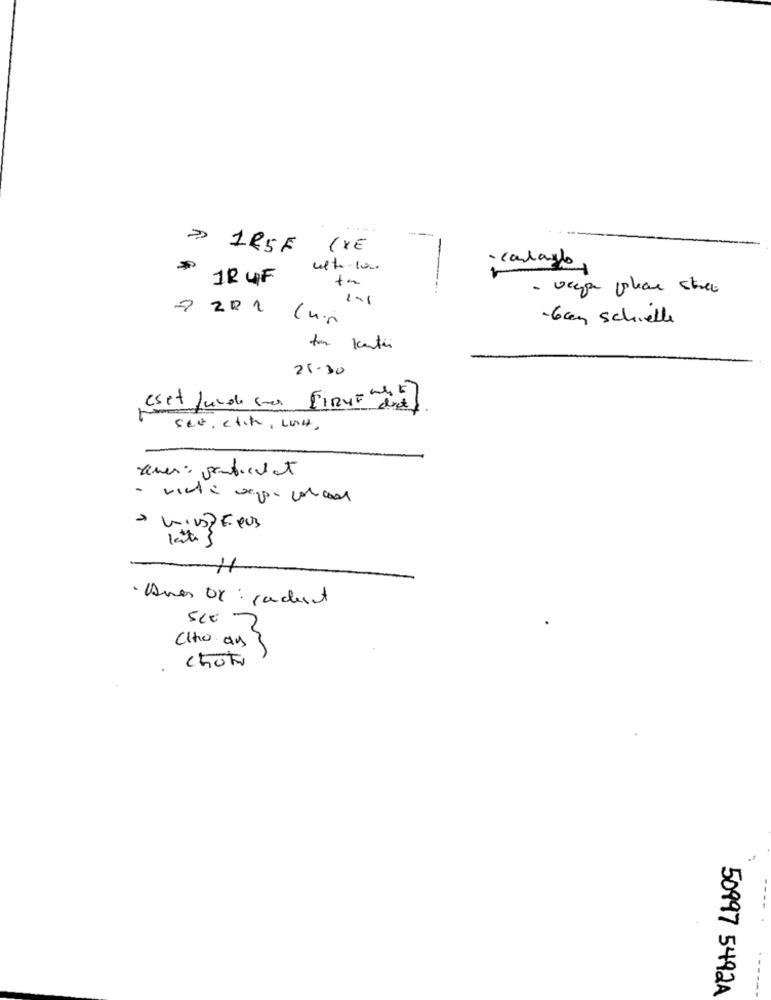
>> 125F (VE
-
- canday
upto-1000
12 4F
- veya plan street
7 201 (nin
-baen schielle
to Kentin
21.30
aven: particular
11
· Anes or: cadest
Cito as 3
choF
50997 5492A